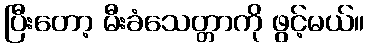
ပြီးတော့ မီးခံသေတ္တာကို ဖွင့်မယ်။